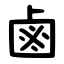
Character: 鹵